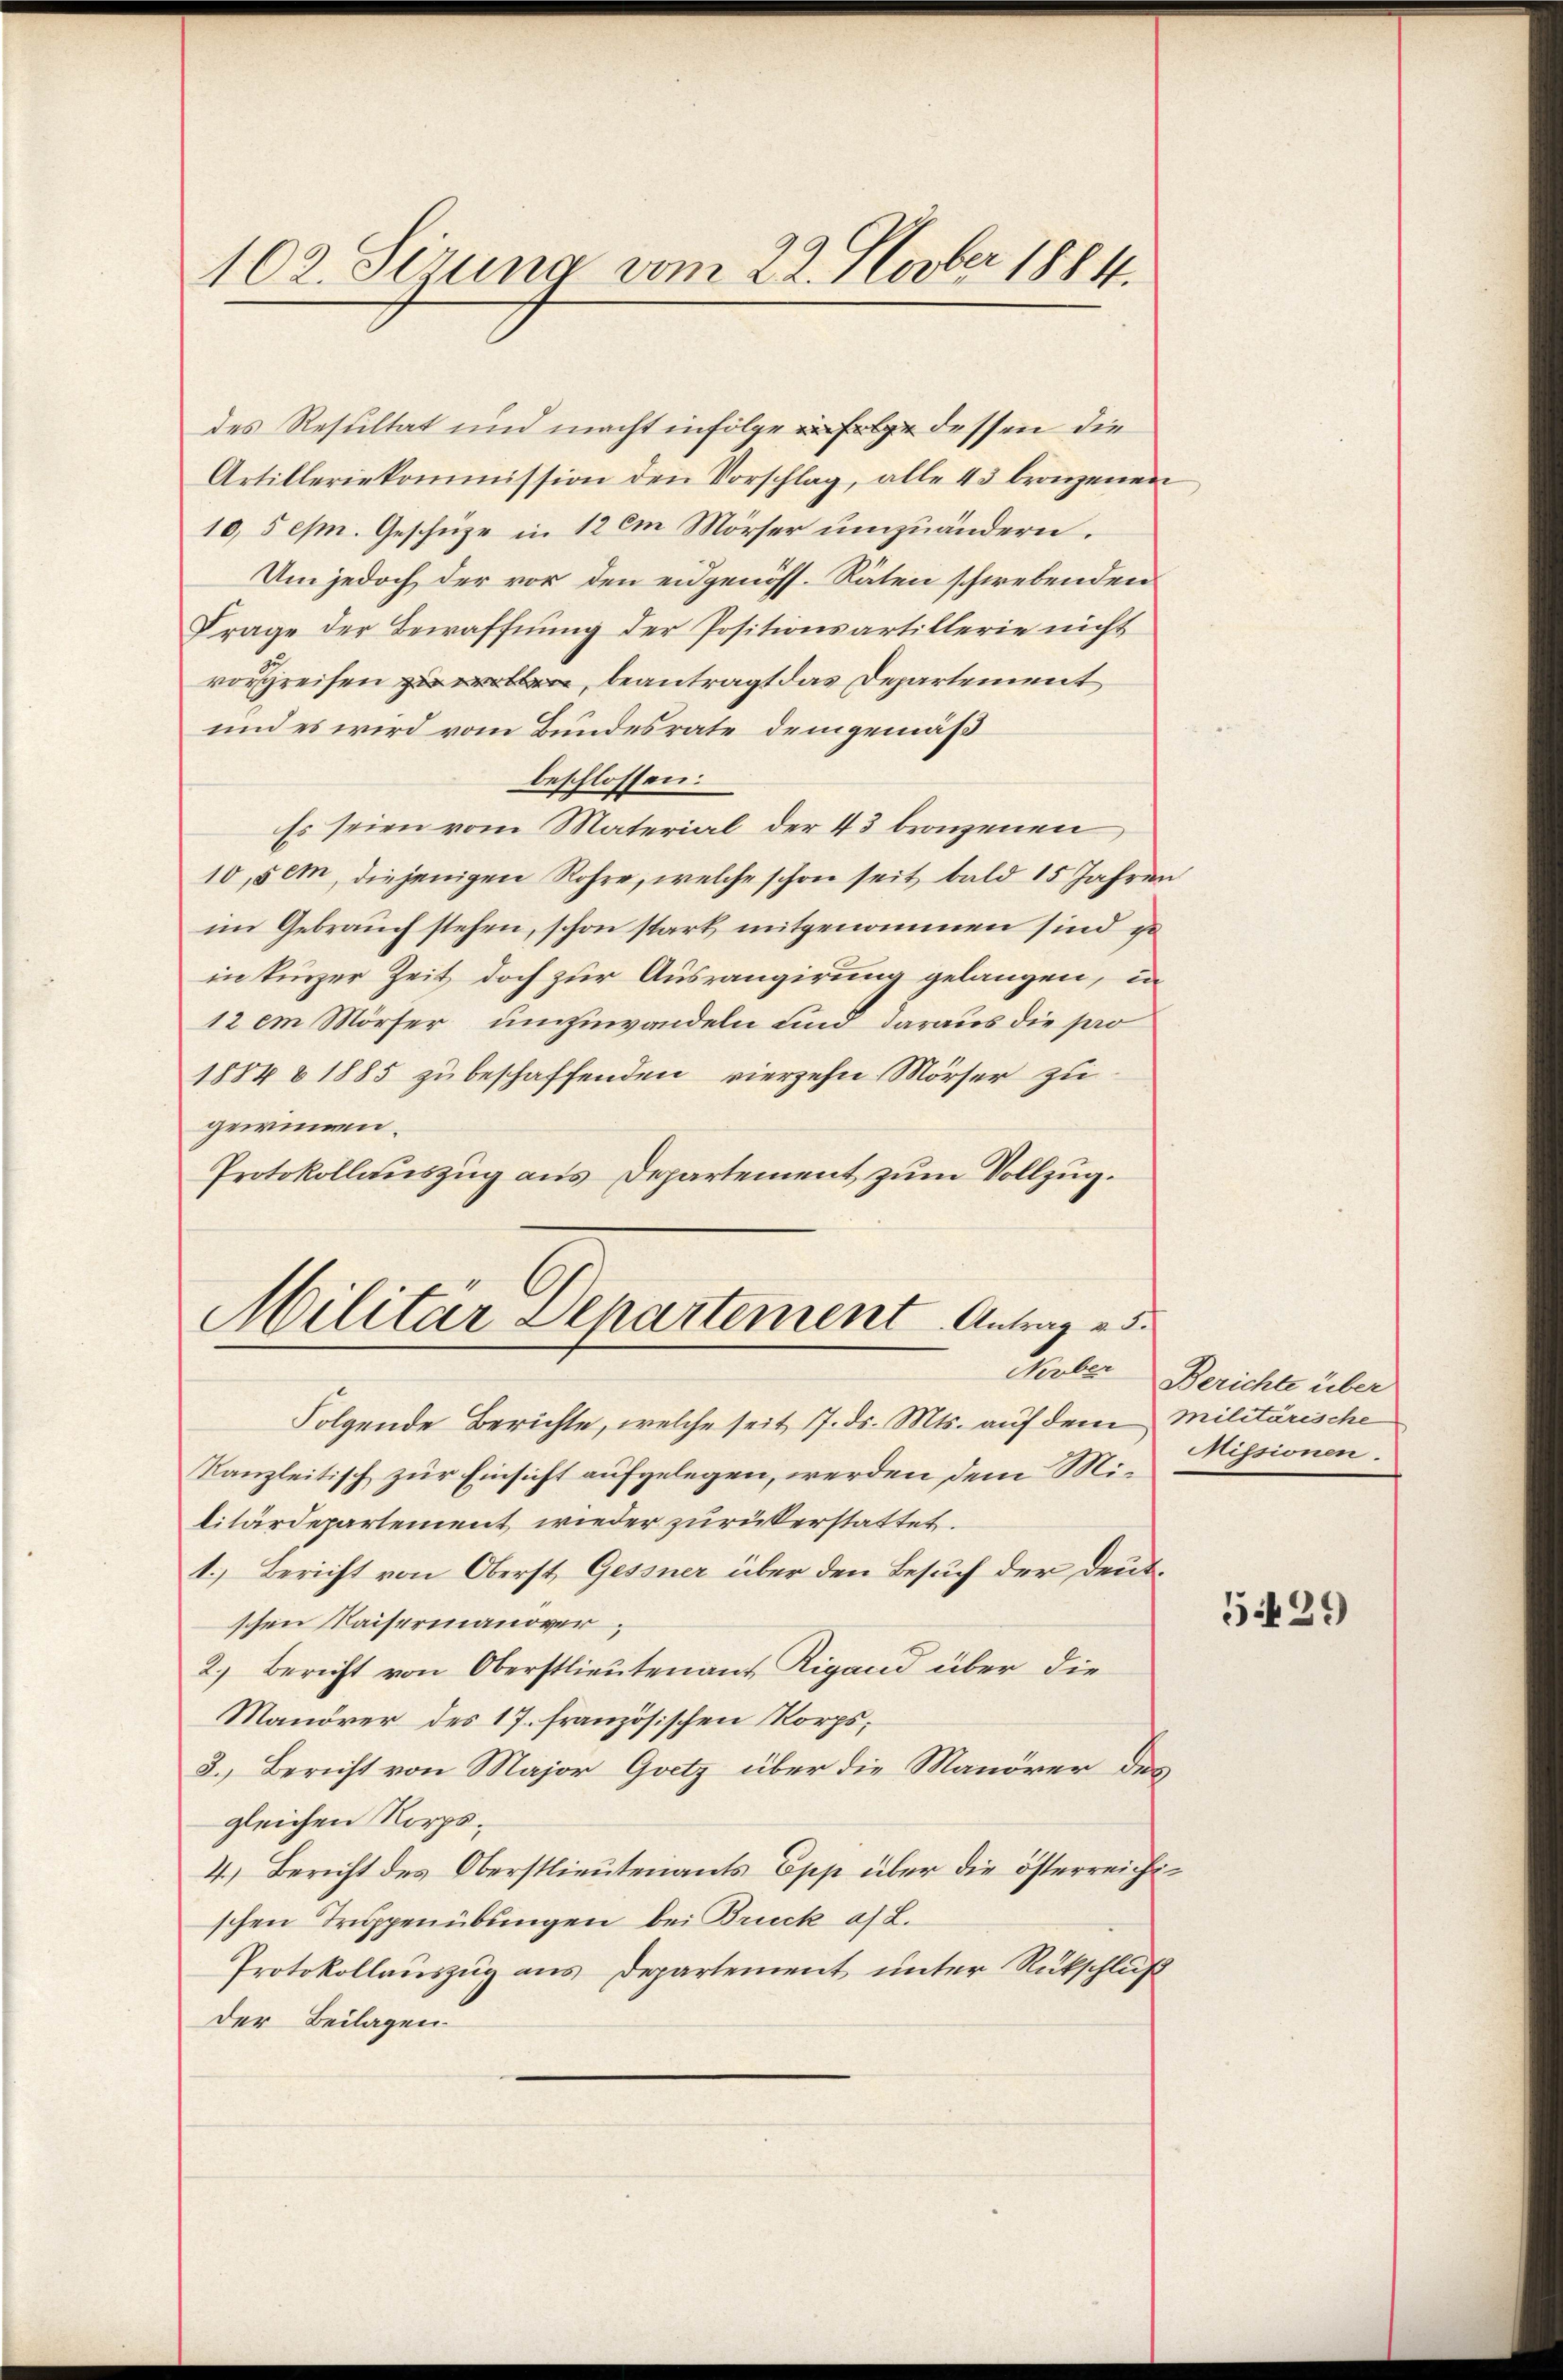
102. Sirung vom 22. Novber 1884.

des Resultat und macht infolge in Folge dessen die
Artilleriekommission den Vorschlag, alle 43 bronzenen
10, 5 cm. Geschüze in 12 im Mörser umzuändern.
Um jedoch der vor den eidgenöss. Räten schwebenden
Frage der Bewaffnung der Positionsartillerie nicht
vorgreifen zu beantragt das Departement
und es wird vom Bundesrate demgemäß
beschlossen:
Es seien vom Material der 43 bronzenen,
10, dem, diejenigen Rohre, welche schon seit bald 15 Jahren
im Gebrauch stehen, schon stark mitgenommen sind zu
in kurzer Zeit doch zur Ausrangirung gelangen, in
12 em Mörser umzuwandeln und daraus die pro
1884 & 1885 zu beschaffenden vierzehn Mörser zu
gewinnen.
Protokollauszug aus Departement zum Vollzug.

Militar Departement Antrag 25.
Seelen

Folgende Berichte, welche seit 17. ds. Mts. auf dem Militärische
Kanzleitisch zur Einsicht aufgelegen, werden dem Militärdepartement, wieder zurükerstattet.
1.) Bericht von Oberst Gessner über den Besuch der Deutschen Kaisermanover,
2.) Bericht von Oberstlieutenant Rigand über die
Manöver des 17. französischen Korps,
2.) Bericht von Major Goetz über die Manöver des
gleichen Korps¬
4.) Bericht des Oberstlieutenants Epp über die österreichischen Treppenübungen bei Brück af L.
Protokollauszug aus Departement unter Rückschluß
Der Beilagen

Berichte über
Missionen.

5429